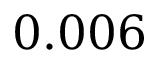
0 . 0 0 6